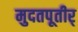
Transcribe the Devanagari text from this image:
मुदतपूतीर्